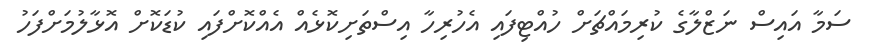
ސަމާ އައިސް ނަޒްލާގެ ކުރިމައްޗަށް ހުއްޓިފައި އެހުރިހާ އިސްތަށިކޮޅެއް އެއްކޮށްފައި ކުޑަކޮށް އޮޅާލުމަށްފަހު